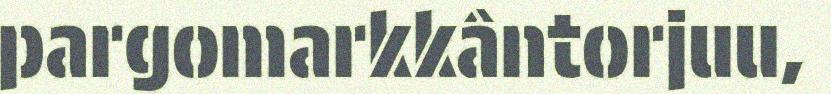
pargomarkkântorjuu,